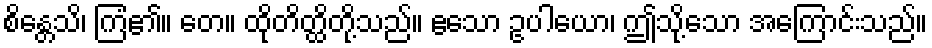
စိန္တေသိ၊ ကြံ၏။ တေ။ ထိုတိတ္ထိတို့သည်။ ဧသော ဥပါယော၊ ဤသို့သော အကြောင်းသည်။